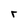
Character: r